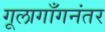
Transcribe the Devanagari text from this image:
गूलागाँगनंतर